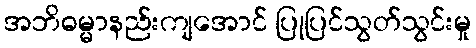
အဘိဓမ္မာနည်းကျအောင် ပြုပြင်သွတ်သွင်းမှု